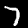
Label: 7